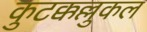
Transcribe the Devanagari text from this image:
कुटक्कल्लुकल